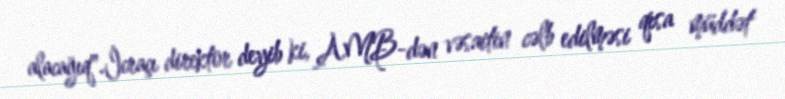
alacağıq".İcraçı direktor deyib ki, AMB-dən vəsaitin cəlb edilməsi qısa müddət